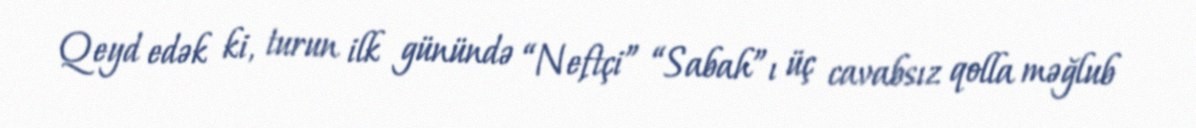
Qeyd edək ki, turun ilk günündə “Neftçi” “Sabah”ı üç cavabsız qolla məğlub